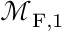
\mathcal { M } _ { \mathrm { F } , 1 }